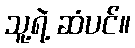
သူ့ရဲ့ ဆံပင်။